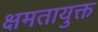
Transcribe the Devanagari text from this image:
क्षमतायुक्त